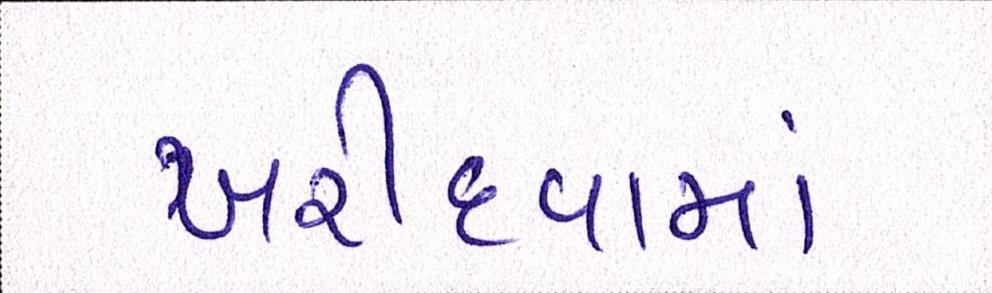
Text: ખરીદવામાં